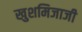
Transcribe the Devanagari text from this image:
खुशमिजाजी